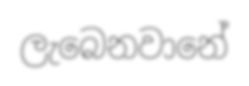
ලැබෙනවානේ